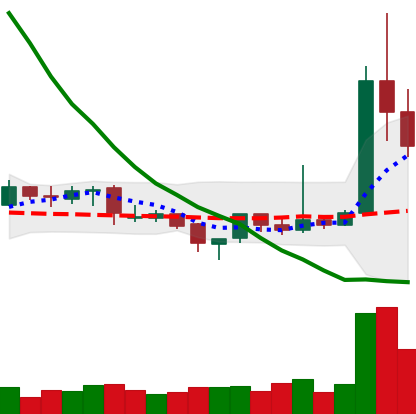
Ticker: XRP-USD
Chart end date: 2019-04-04
Forward return: 5.097%
Label: up_5_7